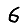
Digit: 6